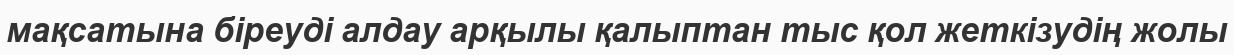
мақсатына біреуді алдау арқылы қалыптан тыс қол жеткізудің жолы